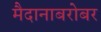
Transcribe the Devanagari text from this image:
मैदानाबरोबर